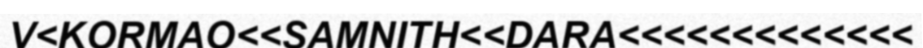
V<KORMAO<<SAMNITH<<DARA<<<<<<<<<<<<<